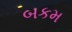
બકમ